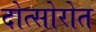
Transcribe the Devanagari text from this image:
दोत्सोरोत